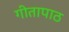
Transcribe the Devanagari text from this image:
गीतापाठ